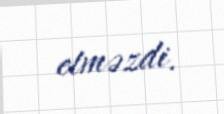
etməzdi.